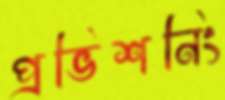
প্রভিশনিং